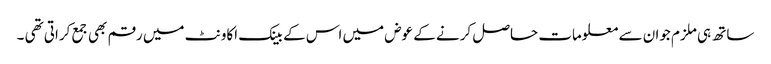
ساتھ ہی ملزم جوان سے معلومات حاصل کرنے کے عوض میں اس کے بینک اکاونٹ میں رقم بھی جمع کراتی تھی ۔